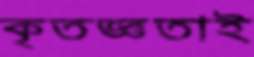
কৃতজ্ঞতাই